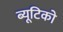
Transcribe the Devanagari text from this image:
ब्यूटिको